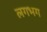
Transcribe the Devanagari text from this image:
लगभ्‍ाग